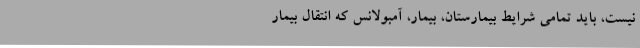
نیست، باید تمامی شرایط بیمارستان، بیمار، آمبولانس که انتقال بیمار